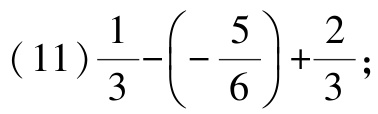
\((11)\frac{1}{3}-\left(-\frac{5}{6}\right)+\frac{2}{3};\)